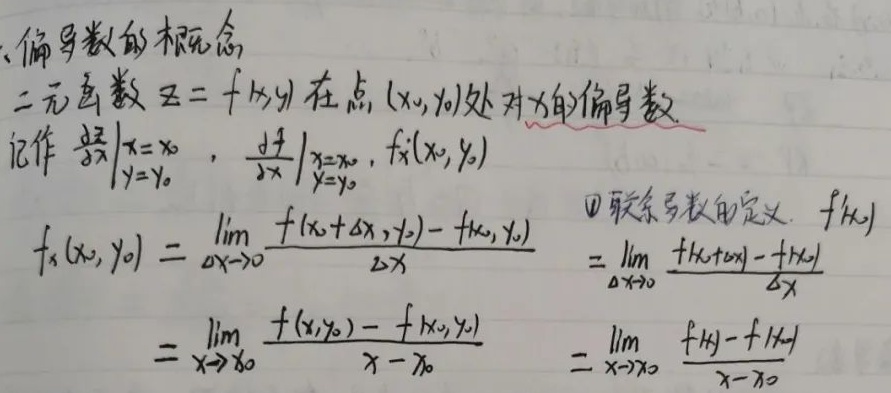
一、偏导数的概念
二元函数\(z = f(x,y)\)在点\((x_{0},y_{0})\)处对\(x\)的偏导数记作\(\left.\frac{\partial z}{\partial x}\right|_{\substack{x = x_{0}\\y = y_{0}}}\)，\(\left.\frac{\partial f}{\partial x}\right|_{\substack{x = x_{0}\\y = y_{0}}}\)，\(f_{x}(x_{0},y_{0})\)
\[\begin{align*}
f_{x}(x_{0},y_{0})&=\lim_{\Delta x\rightarrow0}\frac{f(x_{0}+\Delta x,y_{0})-f(x_{0},y_{0})}{\Delta x}=\lim_{\Delta x\rightarrow0}\frac{f(x_{0}+\Delta x)-f(x_{0})}{\Delta x}\\
&=\lim_{x\rightarrow x_{0}}\frac{f(x,y_{0})-f(x_{0},y_{0})}{x - x_{0}}=\lim_{x\rightarrow x_{0}}\frac{f(x)-f(x_{0})}{x - x_{0}}
\end{align*}\]
\textcircled{1} 可联系导数的定义. \(f'(x_{0})\)